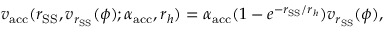
v _ { \mathrm { a c c } } ( r _ { \mathrm { S S } } , v _ { r _ { \mathrm { S S } } } ( \phi ) ; \alpha _ { \mathrm { a c c } } , r _ { h } ) = \alpha _ { \mathrm { a c c } } ( 1 - e ^ { - r _ { \mathrm { S S } } / r _ { h } } ) v _ { r _ { \mathrm { S S } } } ( \phi ) ,